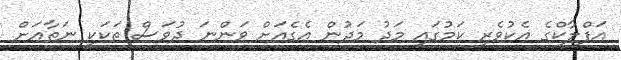
އަފްލާކްގެ އެކުވެރި ކަމުގައި މަދު މަދުން އެގެއަށް ވަންނަ ދުވަސް ތަކަކީ ނަތާއަށް